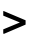
>